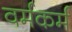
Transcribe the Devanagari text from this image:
वर्मकर्म